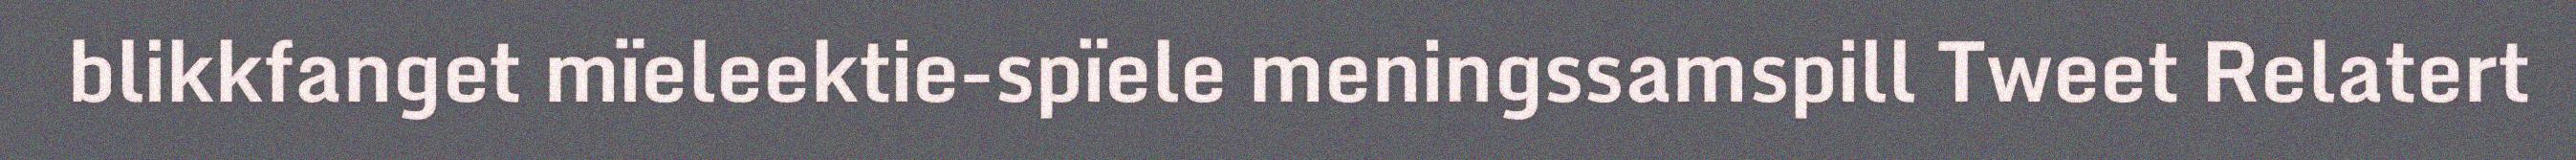
blikkfanget mïeleektie-spïele meningssamspill Tweet Relatert